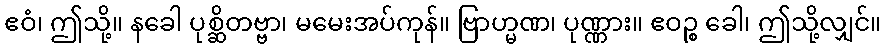
ဧဝံ၊ ဤသို့။ နခေါ ပုစ္ဆိတဗ္ဗာ၊ မမေးအပ်ကုန်။ ဗြာဟ္မဏ၊ ပုဏ္ဏား။ ဧဝဉ္စ ခေါ၊ ဤသို့လျှင်။